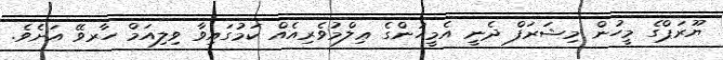
ޔޫރަޕްގެ މީހުން މިޝަރަފް ދެނީ އެމީހުންގެ ޢިލްމުވެރިއެއް ކަމުގައިވާ ވިލިއަމް ހާރވޭ އަށެވެ.